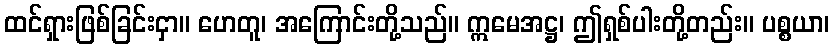
ထင်ရှားဖြစ်ခြင်းငှာ။ ဟေတူ၊ အကြောင်းတို့သည်။ ဣမေအဋ္ဌ၊ ဤရှစ်ပါးတို့တည်း။ ပစ္စယာ၊